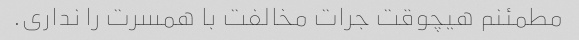
مطمئنم هیچوقت جرات مخالفت با همسرت را نداری.